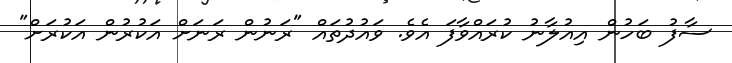
ސާފު ބަހުން އިއުލާނު ކުރައްވާފަ އެވެ. ވައުދުތައް "ރަނުން ރަނަށް އަކުރުން އަކުރަށް"